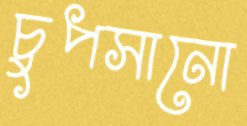
চুপসানো